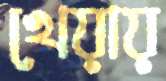
খেয়ায়